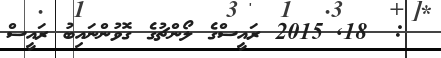
:  18